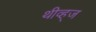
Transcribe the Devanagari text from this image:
थीव्ह्‌ज